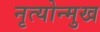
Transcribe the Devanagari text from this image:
नृत्योन्मुख